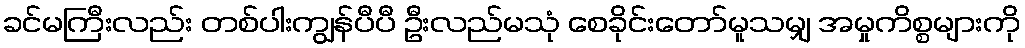
ခင်မကြီးလည်း တစ်ပါးကျွန်ပီပီ ဦးလည်မသုံ စေခိုင်းတော်မူသမျှ အမှုကိစ္စများကို